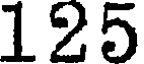
125